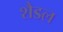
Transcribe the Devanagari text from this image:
शैडल